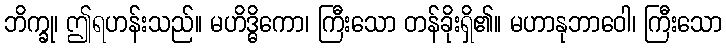
ဘိက္ခု၊ ဤရဟန်းသည်။ မဟိဒ္ဓိကော၊ ကြီးသော တန်ခိုးရှိ၏။ မဟာနုဘာဝေါ၊ ကြီးသော